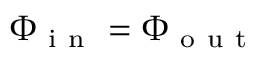
\Phi _ { \mathrm { ~ i ~ n ~ } } = \Phi _ { \mathrm { ~ o ~ u ~ t ~ } }